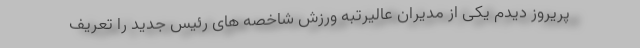
پریروز دیدم یکی از مدیران عالیرتبه ورزش شاخصه های رئیس جدید را تعریف